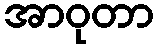
အာဝုတာ